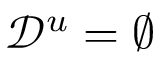
\mathcal { D } ^ { u } = \varnothing